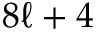
8 \ell + 4